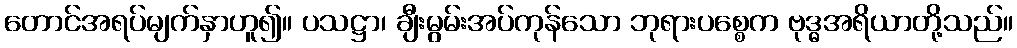
တောင်အရပ်မျက်နှာဟူ၍။ ပသဋ္ဌာ၊ ချီးမွမ်းအပ်ကုန်သော ဘုရားပစ္စေက ဗုဒ္ဓအရိယာတို့သည်။